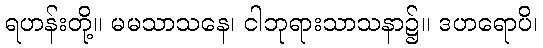
ရဟန်းတို့။ မမသာသနေ၊ ငါဘုရားသာသနာ၌။ ဒဟရောပိ၊